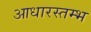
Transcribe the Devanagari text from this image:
आधारस्तम्भ